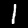
Label: 1